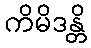
ကိမိဒန္တိ